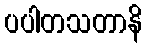
ပပါတသတာနိ